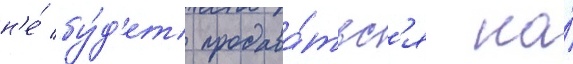
н'е́ бу́д'ет продава́тьс'я на́